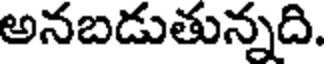
అనబడుతున్నది.